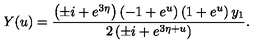
Y ( u ) = { \frac { \left( \pm i + e ^ { 3 \eta } \right) \left( - 1 + { e ^ { u } } \right) \left( 1 + { e ^ { u } } \right) { y _ { 1 } } } { 2 \left( \pm i + { e ^ { 3 \eta + u } } \right) } } .